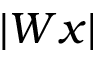
| W x |